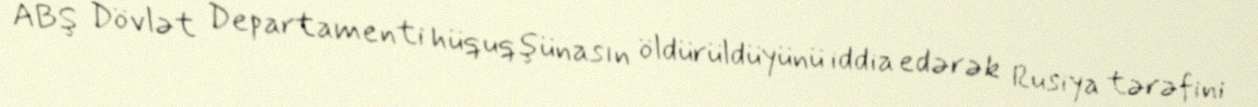
ABŞ Dövlət Departamenti hüquqşünasın öldürüldüyünü iddia edərək Rusiya tərəfini